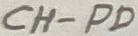
Text: CH-PD